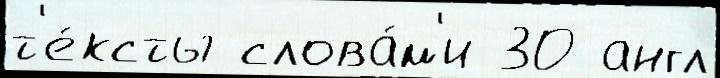
т'е́ксты слова́м'и 30 англ